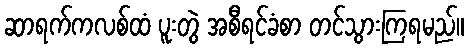
ဆာရက်ကလစ်ထံ ပူးတွဲ အစီရင်ခံစာ တင်သွားကြရမည်။